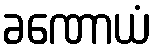
ခဏောယံ